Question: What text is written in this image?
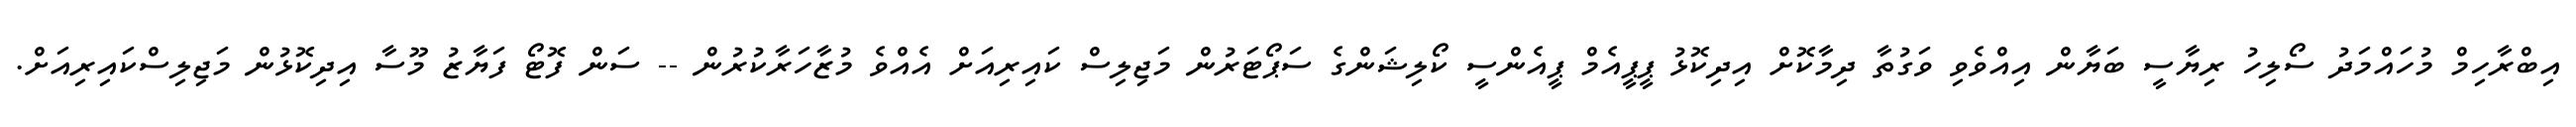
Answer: އިބްރާހިމް މުހައްމަދު ސޯލިހު ރިޔާސީ ބަޔާން އިއްވެވި ވަގުތާ ދިމާކޮށް އިދިކޮޅު ޕީޕީއެމް ޕީއެންސީ ކޯލިޝަންގެ ސަޕޯޓަރުން މަޖިލިސް ކައިރިއަށް އެއްވެ މުޒާހަރާކުރުން -- ސަން ފޮޓޯ ފަޔާޒު މޫސާ އިދިކޮޅުން މަޖިލިސްކައިރިއަށް.